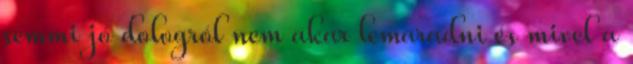
semmi jó dologról nem akar lemaradni és mivel a